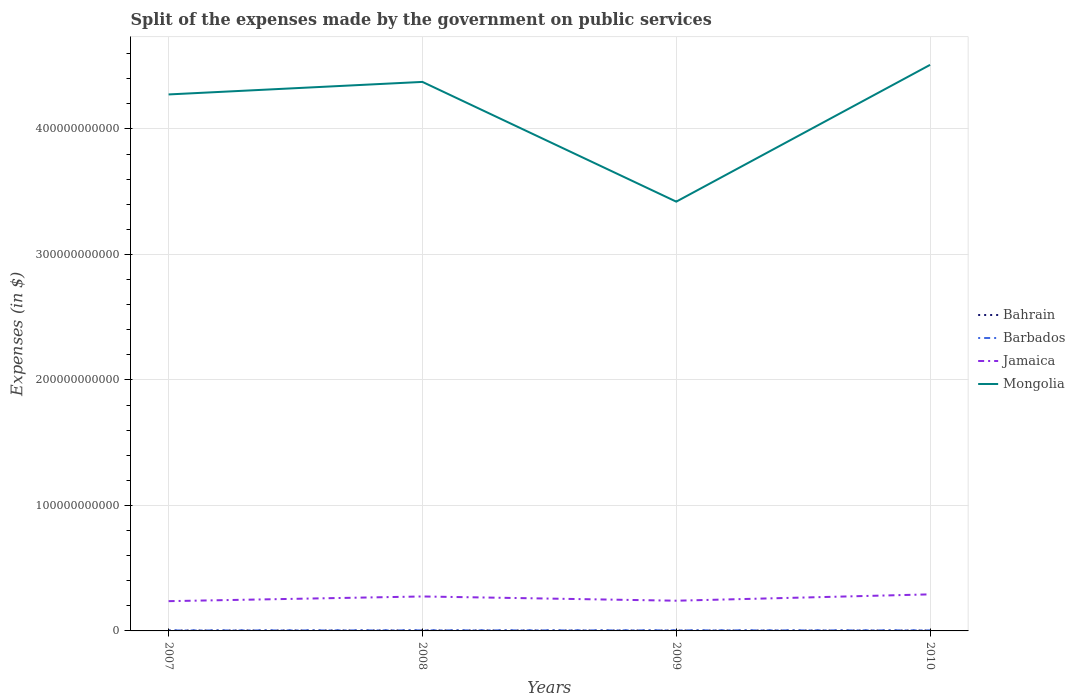
| Years | Bahrain | Barbados | Jamaica | Mongolia |
 | --- | --- | --- | --- | --- |
 | 2007 | 3.39e+08 | 3.67e+08 | 2.37e+10 | 4.27e+11 |
 | 2008 | 3.96e+08 | 4.35e+08 | 2.75e+10 | 4.37e+11 |
 | 2009 | 3.18e+08 | 4.44e+08 | 2.41e+10 | 3.42e+11 |
 | 2010 | 3.3e+08 | 4.35e+08 | 2.91e+10 | 4.51e+11 |